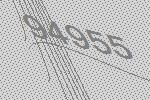
94955